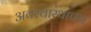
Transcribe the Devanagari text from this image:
अवस्थास्थापन